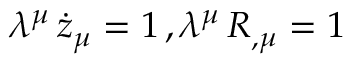
\lambda ^ { \mu } \, \dot { z } _ { \mu } = 1 \, , \lambda ^ { \mu } \, R _ { , \mu } = 1